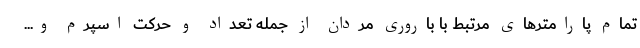
تمام پارامترهای مرتبط با باروری مردان از جمله تعداد و حرکت اسپرم و...